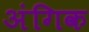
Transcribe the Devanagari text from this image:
अंगिक